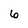
Character: 6